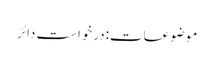
موضوعات:درخواست دائر